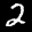
Label: 2